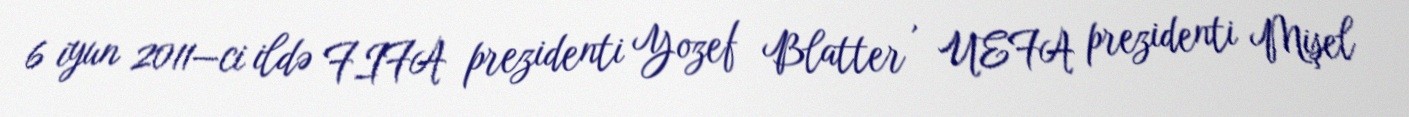
6 iyun 2011—ci ildə FIFA prezidenti Yozef Blatter , UEFA prezidenti Mişel